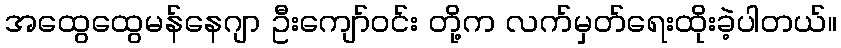
အထွေထွေမန်နေဂျာ ဦးကျော်ဝင်း တို့က လက်မှတ်ရေးထိုးခဲ့ပါတယ်။